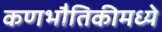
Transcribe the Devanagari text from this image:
कणभौतिकीमध्ये